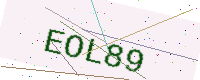
Text: EOL89